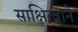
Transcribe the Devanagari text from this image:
साक्षित्वाने